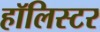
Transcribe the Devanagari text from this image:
हॉलिस्टर